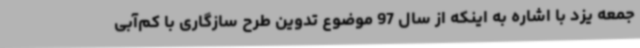
جمعه یزد با اشاره به اینکه از سال 97 موضوع تدوین طرح سازگاری با کم‌آبی